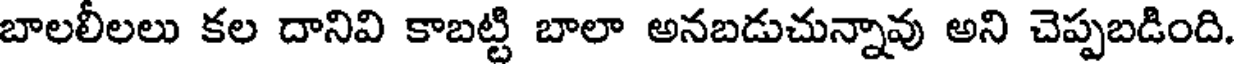
బాలలీలలు కల దానివి కాబట్టి బాలా అనబడుచున్నావు అని చెప్పబడింది.